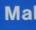
ma